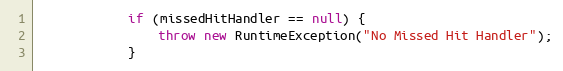
Language: Java
			if (missedHitHandler == null) {
				throw new RuntimeException("No Missed Hit Handler");
			}